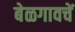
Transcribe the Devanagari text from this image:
बेळगावचें